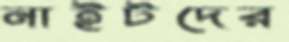
নাইটদের